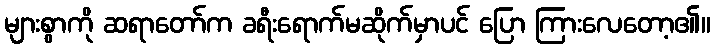
များစွာကို ဆရာတော်က ခရီးရောက်မဆိုက်မှာပင် ပြော ကြားလေတော့၏။